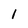
Character: 1